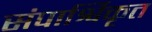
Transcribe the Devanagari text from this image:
संपार्श्विकृत